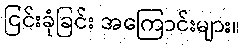
ငြင်းခုံခြင်း အကြောင်းများ။